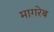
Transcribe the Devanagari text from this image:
मागरेब